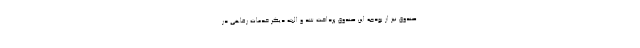
صندوق نیز از بودجه این صندوق پرداخت شد و البته دیگر خدمات رفاهی در